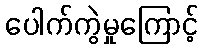
ပေါက်ကွဲမှုကြောင့်